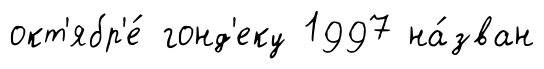
окт'ябр'е́ гонд'еку 1997 на́зван